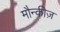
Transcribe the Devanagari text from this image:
मौन्कीज़